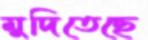
মুদিতেছে